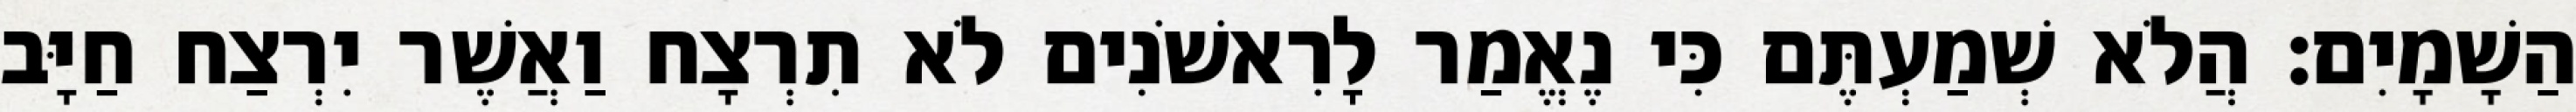
הַשָׁמָיִם׃ הֲלֹא שְׁמַעְתֶּם כִּי נֶאֱמַר לָרִאשֹׁנִים לֹא תִרְצָח וַאֲשֶׁר יִרְצַח חַיָּב